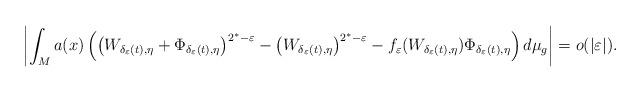
LaTeX: \begin{align*}\left|\int_{M}a(x)\left(\left(W_{\delta_{\varepsilon}(t),\eta}+\Phi_{\delta_{\varepsilon}(t),\eta}\right)^{2^{*}-\varepsilon}-\left(W_{\delta_{\varepsilon}(t),\eta}\right)^{2^{*}-\varepsilon}-f_{\varepsilon}(W_{\delta_{\varepsilon}(t),\eta})\Phi_{\delta_{\varepsilon}(t),\eta}\right)d\mu_{g}\right|=o(|\varepsilon|).\end{align*}